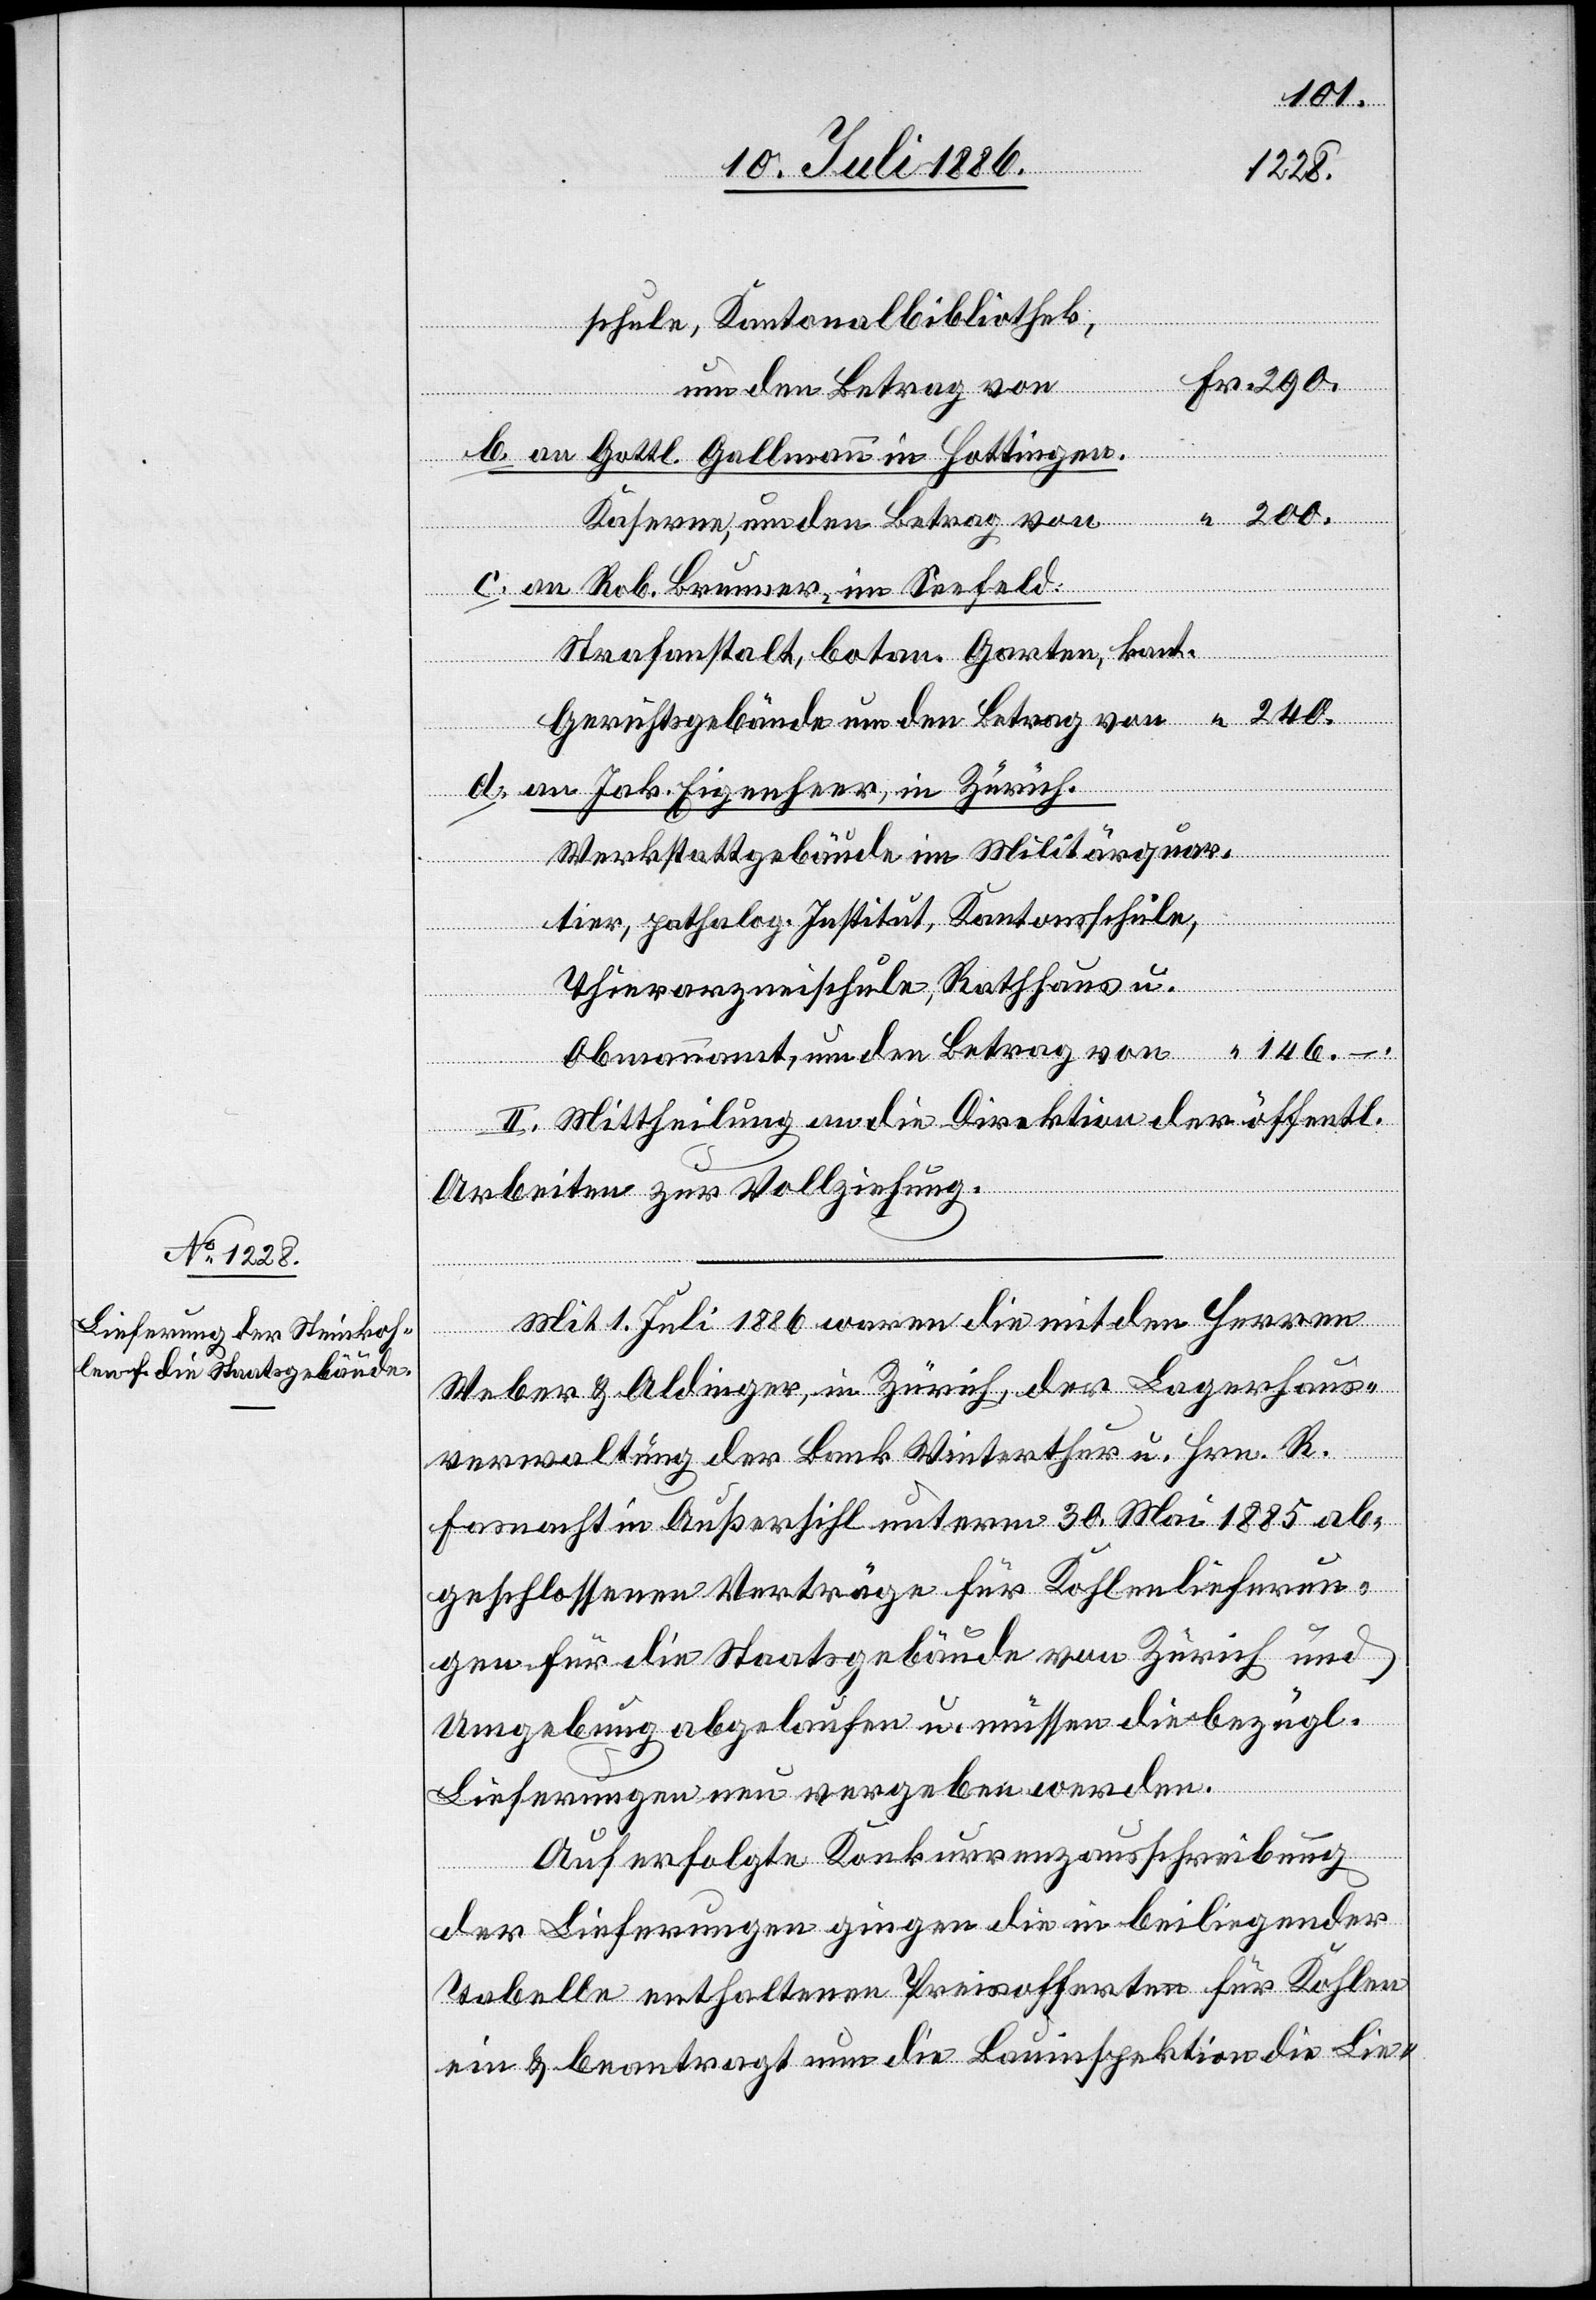
146.
schule, Kantonalbibliothek,
um den Betrag von
b. an Gottl. Gallmann in Hottingen.
Obmannamt,
Kaserne, um den Betrag von
c. an Rob. Brunner, im Seefeld:
Strafanstalt, botan. Garten, kant.
Gerichtsgebäude um den Betrag von
d. an Jak. Eigenheer, in Zürich.
Werkstattgebäude im Militärquar¬
tier, patholog. Institut, Kantonsschule,
240.
Thierarzneischule, Rathhaus u.
–.
II. Mittheilung an die Direktion der öff.
Arbeiten zur Vollziehung.
Mit 1. Juli 1886 waren die mit den Herren
Weber & Aldinger, in Zürich, der Lagerhaus¬
verwaltung der Bank Winterthur u. Hrn. R.
Fasnacht in Außersihl unterm 30. Mai 1885 ab¬
geschlossenen Verträge für Kohlenlieferun¬
gen für die Staatsgebäude von Zürich und
Umgebung abgelaufen u. müssen die bezügl.
Lieferungen neu vergeben werden.
Auf erfolgte Konkurrenzausschreibung
der Lieferungen gingen die in beiliegender
Tabelle enthaltenen Preisofferten für Kohlen
ein & beantragt nun die Bauinspektion die Lie-